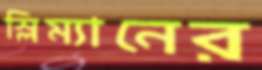
স্লিম্যানের